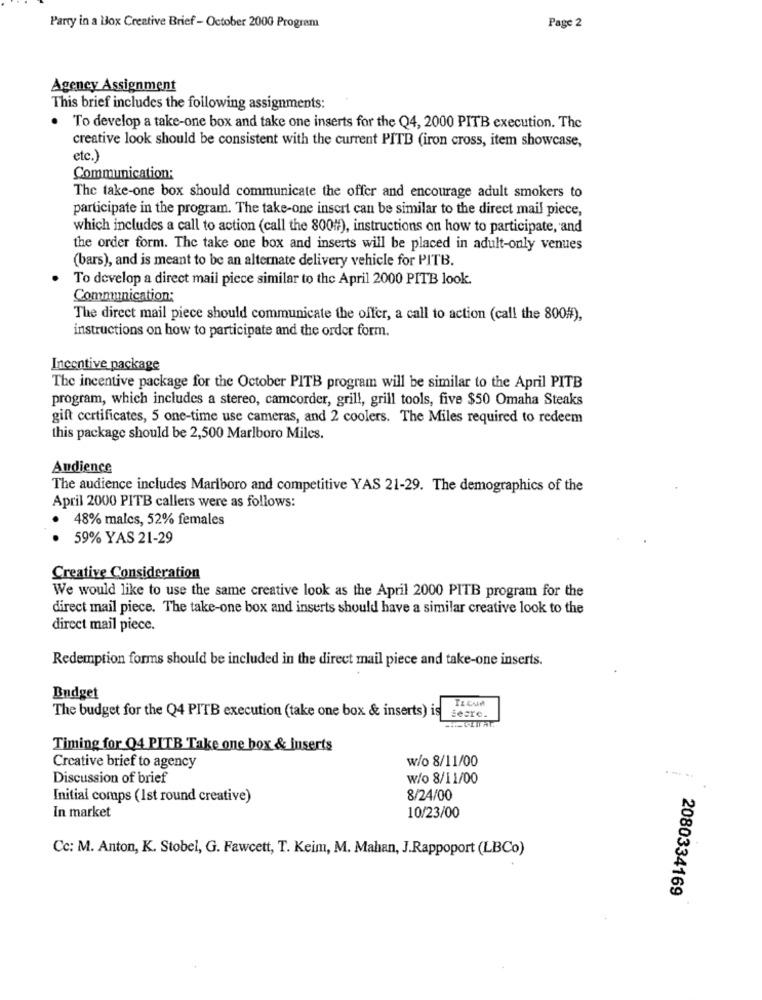
Page 2
Party in a Box Creative Brief - October 2000 Program
Agency Assignment
This brief includes the following assignments:
. To develop a take-one box and take one inserts for the Q4, 2000 PITB execution. The
creative look should be consistent with the current PITE (iron cross, item showcase,
etc.)
Communication:
The take-one box should communicate the offer and encourage adult smokers to
participate in the program. The take-one insert can be similar to the direct mail piece,
which includes a call to action (call the 800#), instructions on how to participate, and
the order form. The take one box and inserts will be placed in adult-only venues
(bars), and is meant to be an alternate delivery vehicle for PITB.
To develop a direct mail piece similar to the April 2000 PITB look.
Communication:
The direct mail piece should communicate the offer, a call to action (call the 800#),
instructions on how to participate and the order form.
Incentive package
The incentive package for the October PITB program will be similar to the April PITB
program, which includes a stereo, camcorder, grill, grill tools, five $50 Omaha Steaks
gift certificates, 5 one-time use cameras, and 2 coolers. The Miles required to redeem
this package should be 2,500 Marlboro Miles.
Andience
The audience includes Marlboro and competitive YAS 21-29. The demographics of the
April 2000 PITB callers were as follows:
48% malcs, 52% females
59% YAS 21-29
Creative Consideration
We would like to use the same creative look as the April 2000 PITB program for the
direct mail piece. The take-one box and inserts should have a similar creative look to the
direct mail piece.
Redemption forms should be included in the direct mail piece and take-one inserts.
Budget
The budget for the Q4 PITB execution (take one box & inserts) is
secre.
Timing for Q4 PITB Take one box & inserts
w/o 8/11/00
Creative brief to agency
Discussion of brief
w/o 8/11/00
Initial comps (1st round creative)
8/24/00
In market
10/23/00
Cc: M. Anton, K. Stobel, G. Fawcett, T. Keim, M. Mahan, J.Rappoport (LBCo)
2080334169